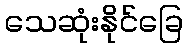
သေဆုံးနိုင်ခြေ